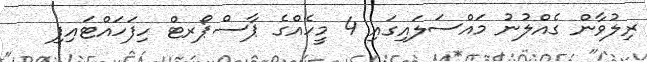
ރިލުވާން ގެއްލުނު މައްސަލައިގައި 4 މީހެއްގެ ޕާސްޕޯރޓް ހިފަހައްޓައިފި